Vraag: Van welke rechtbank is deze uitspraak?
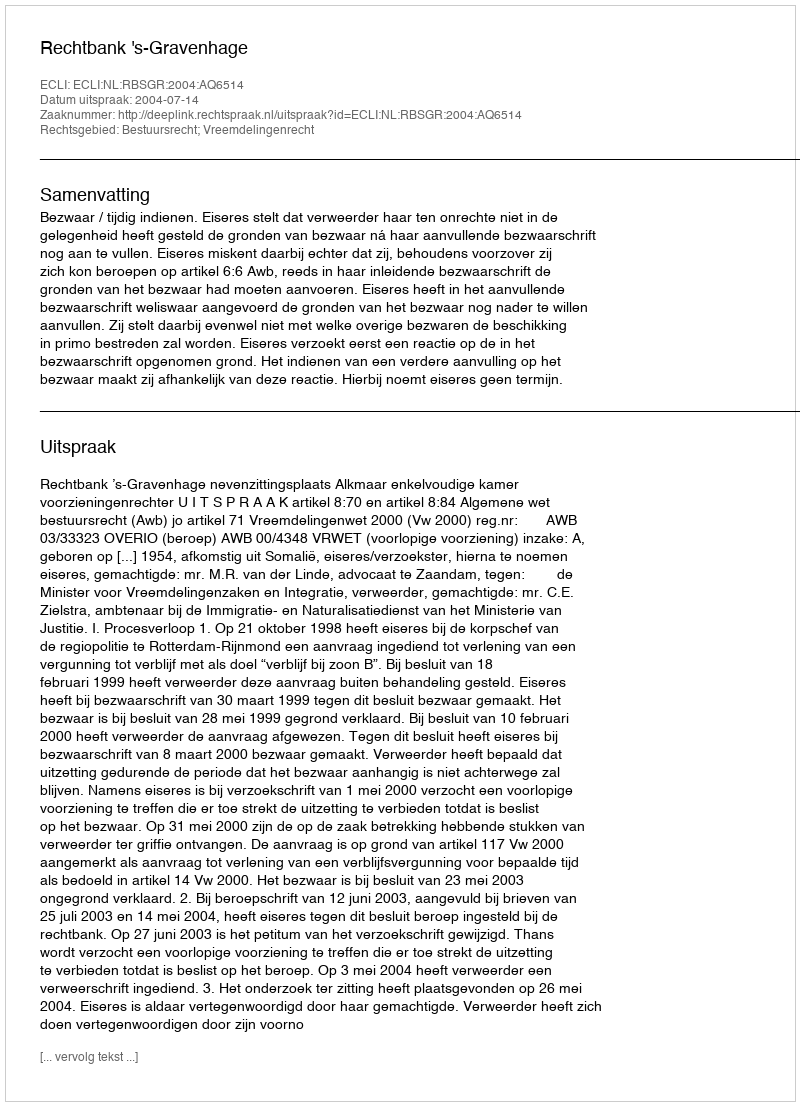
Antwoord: Rechtbank 's-Gravenhage